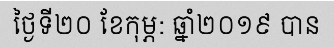
ថ្ងៃទី២០ ខែកុម្ភ: ឆ្នាំ២០១៩ បាន